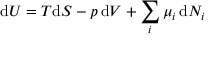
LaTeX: \mathrm { d } U = T \mathrm { d } S - p \, \mathrm { d } V + \sum _ { i } \mu _ { i } \, \mathrm { d } N _ { i }